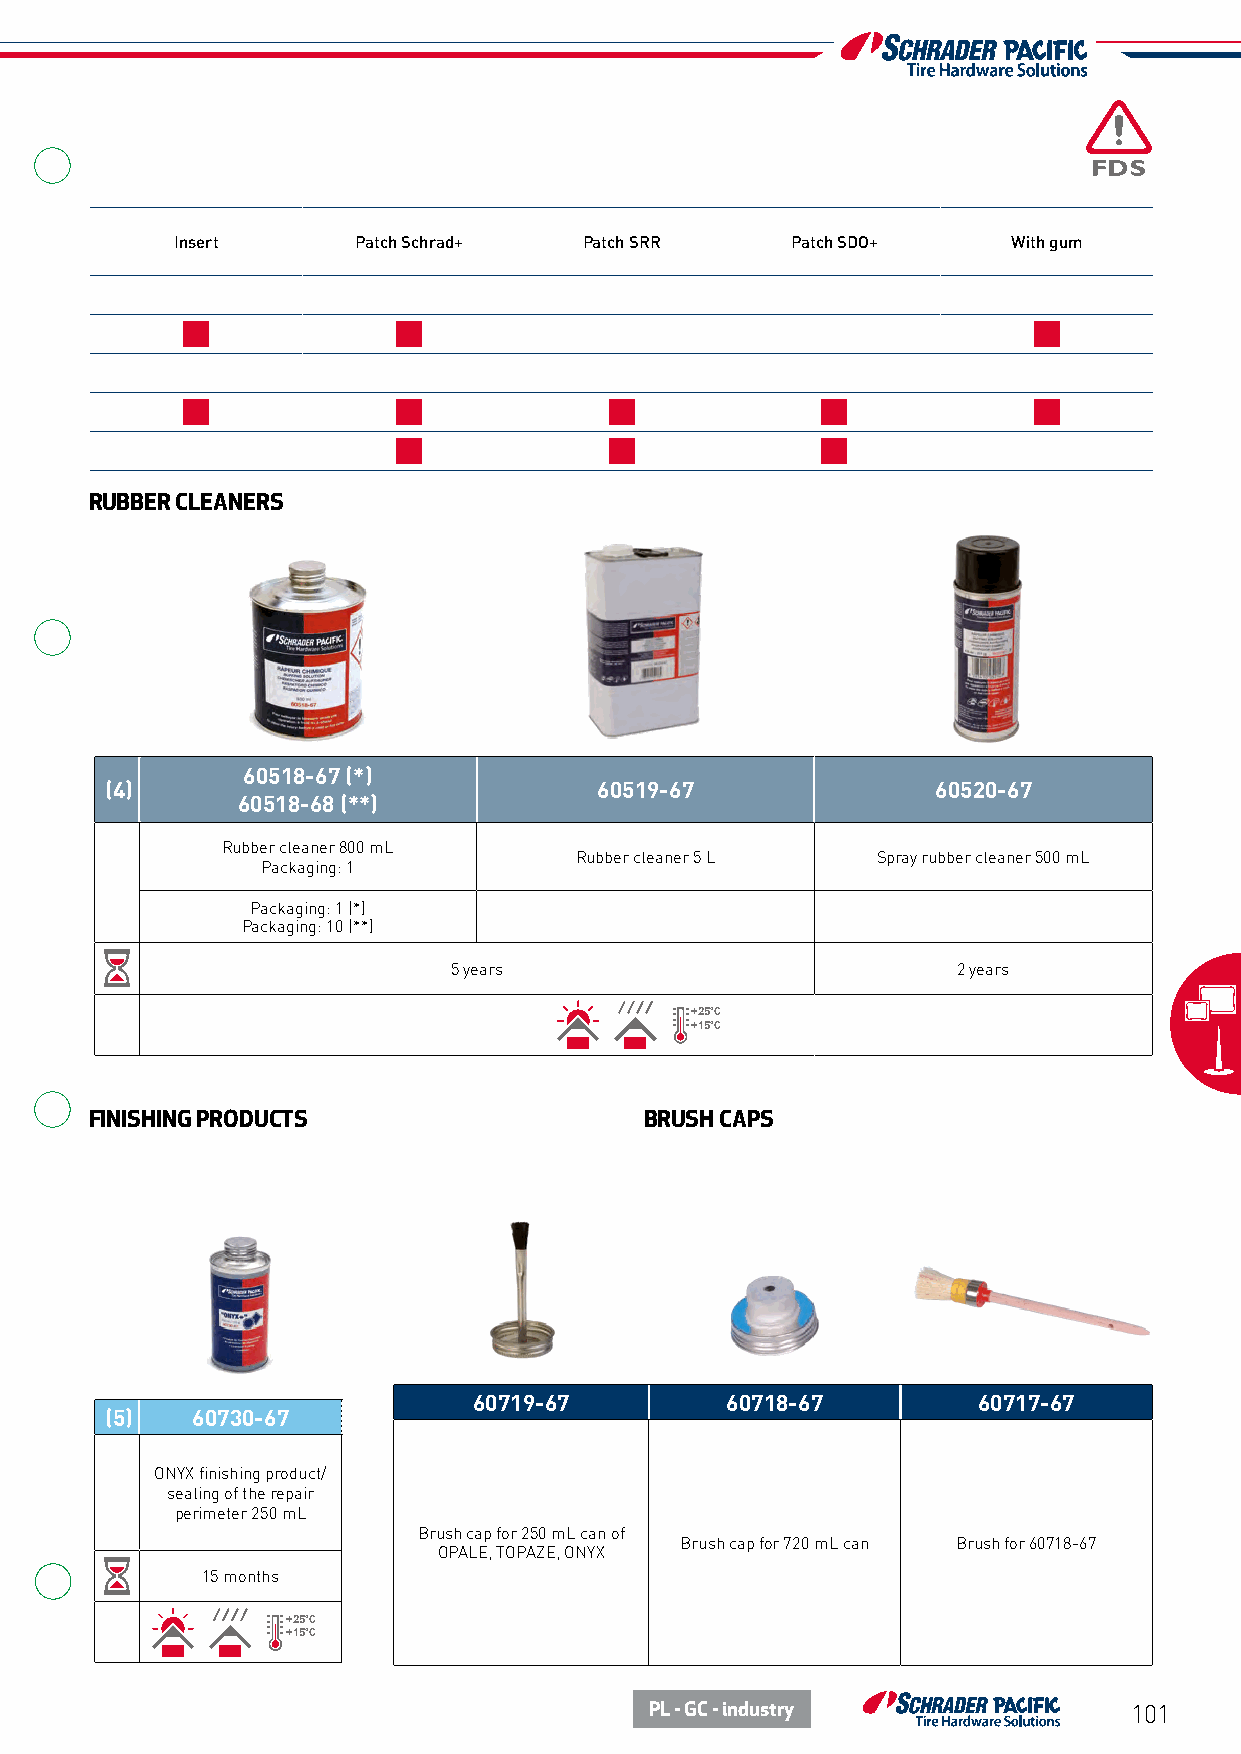
References PRC PRP PRF Insert Patch Schrad+ Patch SRR Patch SDO+   With gum
 (1) Topaze
 (2) Opale Solutions
 (3) Saphir
 (4) Rubber cleaner Rasp
 (5) Onyx Finish/seal
 RUBBER CLEANERS
 60518-67 (*)
 (4)                              60519-67              60520-67
 60518-68 (**)
 Rubber cleaner 800 mL
 Rubber cleaner 5 L  Spray rubber cleaner 500 mL
 Packaging: 1
 Packaging: 1 (*)
 Packaging: 10 (**)
 5 years                          2 years
 +25°C
 +15°C
 FINISHING PRODUCTS                   BRUSH CAPS
 60719-67         60718-67         60717-67
 (5)   60730-67
 ONYX finishing product/
 sealing of the repair
 perimeter 250 mL
 Brush cap for 250 mL can of
 Brush cap for 720 mL can Brush for 60718-67
 OPALE, TOPAZE, ONYX
 15 months
 +25°C
 +15°C
 PL - GC - industry              101